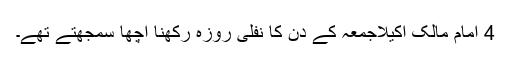
4 امام مالکؒ اکیلاجمعہ کے دن کا نفلی روزہ رکھنا اچھا سمجھتے تھے۔